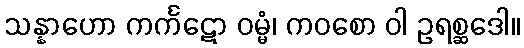
သန္နာဟော ကင်္ကဋော ဝမ္မံ၊ ကဝစော ဝါ ဥရစ္ဆဒေါ။